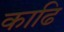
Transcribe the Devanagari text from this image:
काढि